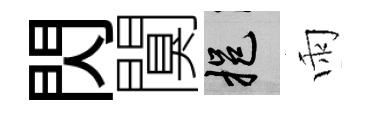
閃闃挹雨